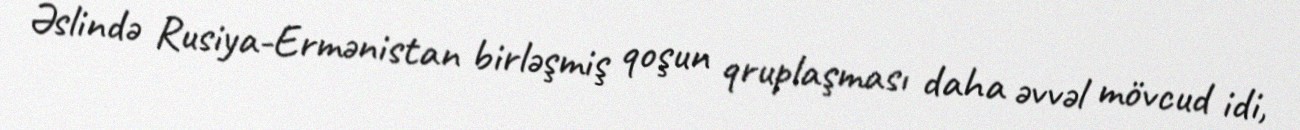
Əslində Rusiya-Ermənistan birləşmiş qoşun qruplaşması daha əvvəl mövcud idi,